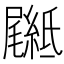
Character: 𦅴